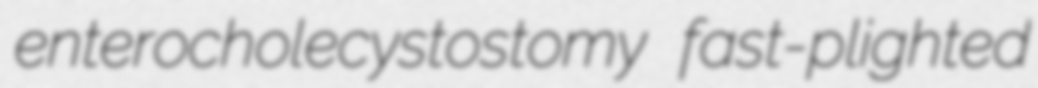
enterocholecystostomy fast-plighted